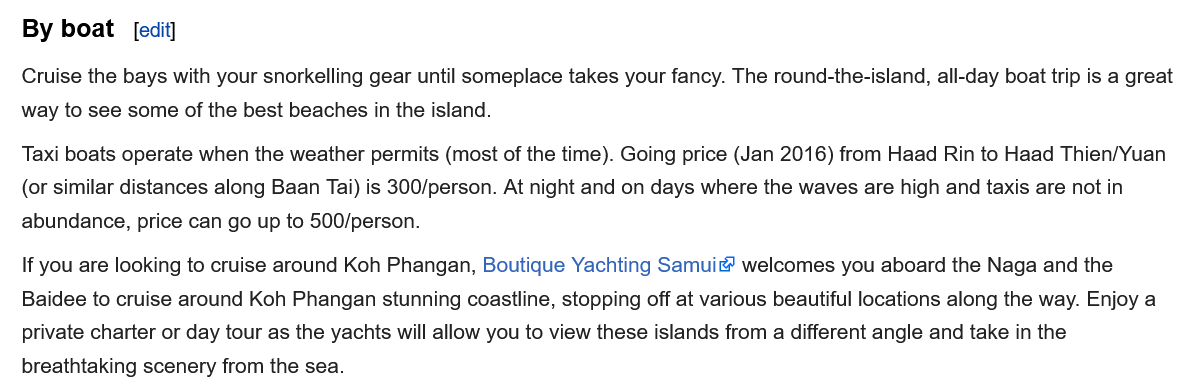
Cruise the bays with your snorkelling gear until someplace takes your fancy. The round-the-island, all-day boat trip is a great
   way to see some of the best beaches in the island.
   Taxi boats operate when the weather permits (most of the time). Going price (Jan 2016) from Haad Rin to Haad Thien/Yuan
   (or similar distances along Baan Tai) is 300/person. At night and on days where the waves are high and taxis are not in
   abundance, price can go up to 500/person.
   If you are looking to cruise around Koh Phangan, Boutique Yachting Samui welcomes you aboard the Naga and the
   Baidee to cruise around Koh Phangan stunning coastline, stopping off at various beautiful locations along the way. Enjoy a
   private charter or day tour as the yachts will allow you to view these islands from
  a
     different angle and take in the
   breathtaking scenery from the sea.
   By boat   [edit]